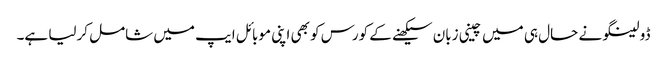
ڈولینگو نے حال ہی میں چینی زبان سیکھنے کے کورس کو بھی اپنی موبائل ایپ میں شامل کرلیا ہے۔